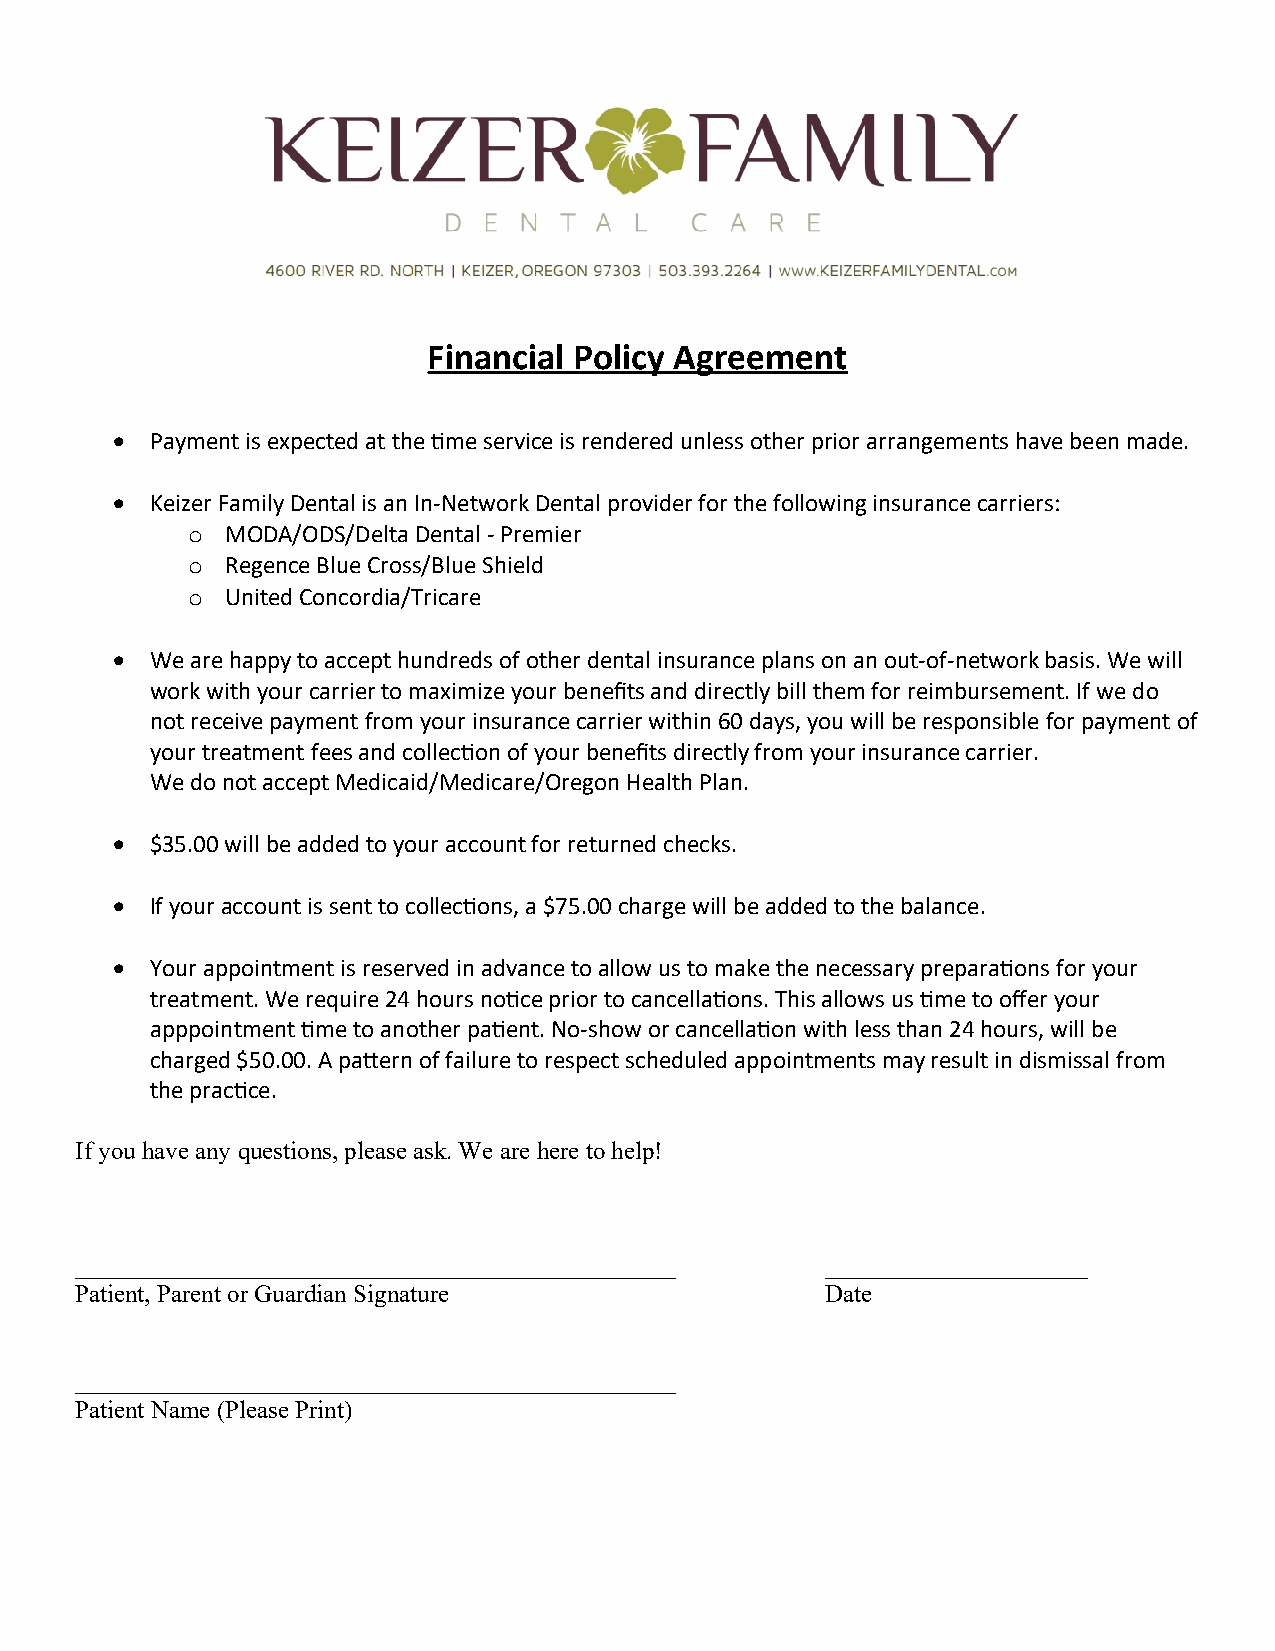
Financial Policy Agreement
   Payment is expected at the time service is rendered unless other prior arrangements have been made.
   Keizer Family Dental is an In-Network Dental provider for the following insurance carriers:
 o  MODA/ODS/Delta Dental - Premier
 o  Regence Blue Cross/Blue Shield
 o  United Concordia/Tricare
   We are happy to accept hundreds of other dental insurance plans on an out-of-network basis. We will
 work with your carrier to maximize your benefits and directly bill them for reimbursement. If we do
 not receive payment from your insurance carrier within 60 days, you will be responsible for payment of
 your treatment fees and collection of your benefits directly from your insurance carrier.
 We do not accept Medicaid/Medicare/Oregon Health Plan.
   $35.00 will be added to your account for returned checks.
   If your account is sent to collections, a $75.00 charge will be added to the balance.
   Your appointment is reserved in advance to allow us to make the necessary preparations for your
 treatment. We require 24 hours notice prior to cancellations. This allows us time to offer your
 apppointment time to another patient. No-show or cancellation with less than 24 hours, will be
 charged $50.00. A pattern of failure to respect scheduled appointments may result in dismissal from
 the practice.
 If you have any questions, please ask. We are here to help!
 ________________________________________________  _____________________
 Patient, Parent or Guardian Signature             Date
 ________________________________________________
 Patient Name (Please Print)